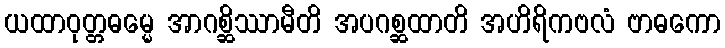
ယထာဝုတ္တဓမ္မေ အာဂစ္ဆိဿာမီတိ အပဂစ္ဆထာတိ အဟိရိကဗလံ ဗာဓကော